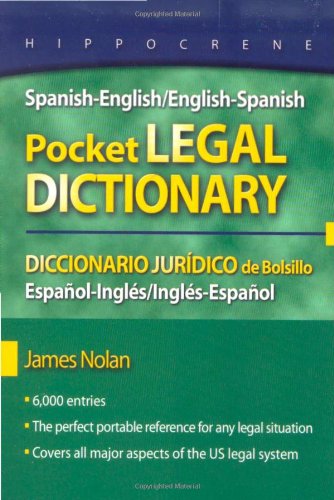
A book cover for Spanish-English/English-Spanish Pocket Legal Dictionary; James Nolan; Law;